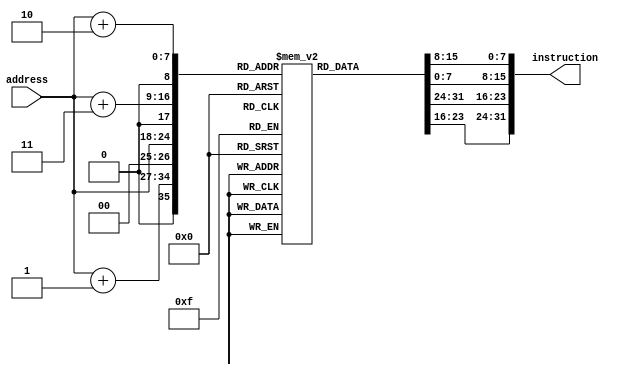
module instructionMemory(instruction, address);

input [6:0] address;
output reg [31:0] instruction;
reg[7:0] instruction_memory[511:0];

wire [6:0]wordAddress;
assign wordAddress = address;
                           // $1, $2, $3 

initial
begin
//Arithmetic:

	//add $9, $15 , $20 (working)
	// instruction_memory[0] = 8'b000000_01;  
	// instruction_memory[1] = 8'b111_10100;     
	// instruction_memory[2] = 8'b01001000;
	// instruction_memory[3] = 8'b00_100000;

	//sub $9, $15 , $20 (working)
	// instruction_memory[0] = 8'b000000_01;  
	// instruction_memory[1] = 8'b111_10100;     
	// instruction_memory[2] = 8'b01001000;
	// instruction_memory[3] = 8'b00_100010;

	// addi $9, $0 ,9 (working)
	// instruction_memory[0] = 8'b00100000;  
	// instruction_memory[1] = 8'b00001001;     
	// instruction_memory[2] = 8'b00000000;
	// instruction_memory[3] = 8'b00001001;

//Load/Store:

	//lw $22, 1($20)  (working)
	// instruction_memory[0] = 8'b100011_10;
	// instruction_memory[1] = 8'b100_10110;
	// instruction_memory[2] = 8'b00000000;
	// instruction_memory[3] = 8'b00000001;

 	//sw $15, 0($0)
 	// instruction_memory[0] = 8'b101011_00;
 	// instruction_memory[1] = 8'b000_01111;
 	// instruction_memory[2] = 8'b00000000;
 	// instruction_memory[3] = 8'b00001100;

//Logic:

	//and $9, $15 , $20 (working)
	// instruction_memory[0] = 8'b000000_01;  
	// instruction_memory[1] = 8'b111_10100;     
	// instruction_memory[2] = 8'b01001000;
	// instruction_memory[3] = 8'b00_100100;

	//or $9, $15 , $20 (working)
	// instruction_memory[0] = 8'b000000_01;  
	// instruction_memory[1] = 8'b111_10100;     
	// instruction_memory[2] = 8'b01001000;
	// instruction_memory[3] = 8'b00_100101;

	//sll $9, $15 , 2 (working)
	// instruction_memory[0] = 8'b000000_00;
	// instruction_memory[1] = 8'b000_01111;  
	// instruction_memory[2] = 8'b01001_000;
	// instruction_memory[3] = 8'b10_000000;


	//srl $9, $15 , 1 (working)
	instruction_memory[0] = 8'b000000_00;
	instruction_memory[1] = 8'b000_01111;  
	instruction_memory[2] = 8'b01001_000;
	instruction_memory[3] = 8'b01_000010;

	// andi $10, $0, 10 (working)
	instruction_memory[4] = 8'b00110000;  
	instruction_memory[5] = 8'b00001010;     
	instruction_memory[6] = 8'b00000000;
	instruction_memory[7] = 8'b00001010;

	// ori $5 , $0, 7 (working)
	instruction_memory[8] = 8'b00110100;
	instruction_memory[9] = 8'b00000101;     
	instruction_memory[10] = 8'b00000000;
	instruction_memory[11] = 8'b00000111;

//Control Flow:

	//beq $20, $15 , 8 (working)
	// instruction_memory[0] = 8'b000100_10;
	// instruction_memory[1] = 8'b100_01111;
	// instruction_memory[2] = 8'b00000000;
	// instruction_memory[3] = 8'b00001000;

	//beq $15, $15 , 8 (working)
	// instruction_memory[0] = 8'b000100_01;
	// instruction_memory[1] = 8'b111_01111;
	// instruction_memory[2] = 8'b00000000;
	// instruction_memory[3] = 8'b00000100;

	//bne $20, $15 , 8 (working)
	// instruction_memory[0] = 8'b000101_10;
	// instruction_memory[1] = 8'b100_01111;
	// instruction_memory[2] = 8'b00000000;
	// instruction_memory[3] = 8'b00001000;

// Comparison:

	//slt $9, $15 , $20 (working)
	// instruction_memory[0] = 8'b000000_01;
	// instruction_memory[1] = 8'b111_10100;  
	// instruction_memory[2] = 8'b01001_000;
	// instruction_memory[3] = 8'b00_101010;

	//slt $9, $20 , $15 (working)
	// instruction_memory[0] = 8'b000000_10;
	// instruction_memory[1] = 8'b100_01111;  
	// instruction_memory[2] = 8'b01001_000;
	// instruction_memory[3] = 8'b00_101010;
end

always@(address)
begin
instruction = {instruction_memory[wordAddress], instruction_memory[wordAddress + 1],
					 instruction_memory[wordAddress + 2], instruction_memory[wordAddress + 3]};
end


endmodule